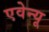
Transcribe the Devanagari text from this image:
एवेन्‍यू